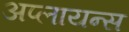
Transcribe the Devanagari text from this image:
अप्लायन्स